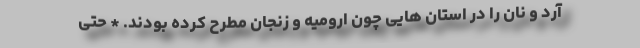
آرد و نان را در استان هایی چون ارومیه و زنجان مطرح کرده بودند. * حتی